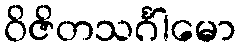
ဝိဇိတသင်္ဂါမော